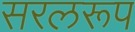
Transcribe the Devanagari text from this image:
सरलरूप